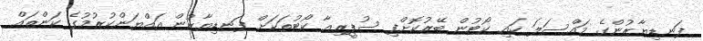
ފަނޑިޔާރުންގެ މައްސަލަ ހައި ކޯޓުން ބޭރުކޮށްފި ސުޕީރިއާ ކޯޓުތަކަށް ފަނޑިޔާރުން އައްޔަންކުރުމުގެ ކަންތައް